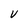
Character: V